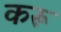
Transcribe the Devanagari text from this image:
करू